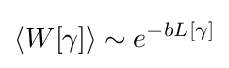
\langle W[\gamma ]\rangle \sim e^{-bL[\gamma ]}